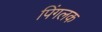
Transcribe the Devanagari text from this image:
पिंगलक